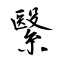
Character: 繄